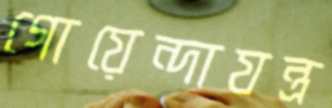
গোয়েন্দাযন্ত্র